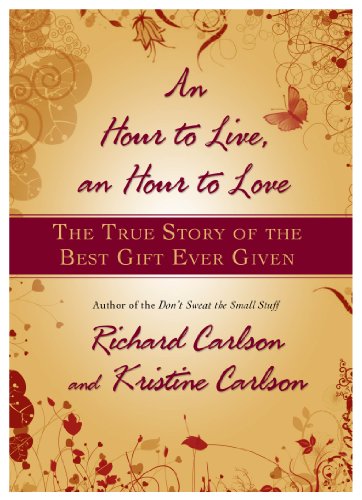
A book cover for An Hour to Live, an Hour to Love: The True Story of the Best Gift Ever Given; Richard Carlson; Self-Help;